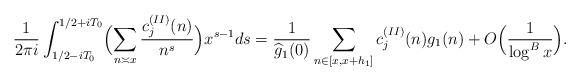
LaTeX: \begin{align*}\frac{1}{2\pi i}\int_{1/2-i T_0}^{1/2+i T_0}\Bigl(\sum_{n\asymp x}\frac{c_j^{(II)}(n)}{n^s}\Bigr)x^{s-1}ds=\frac{1}{\widehat{g}_1(0)}\sum_{n\in [x,x+h_1]}c_j^{(II)}(n)g_1(n)+O\Bigl(\frac{1}{\log^{B}{x}}\Bigr).\end{align*}